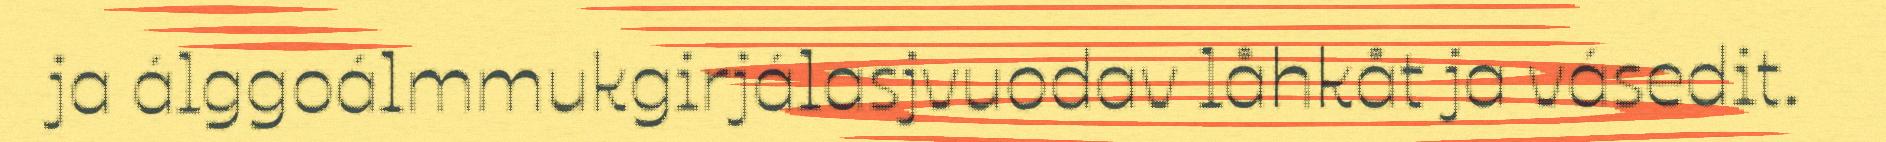
ja álggoálmmukgirjálasjvuodav låhkåt ja vásedit.